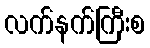
လက်နက်ကြီးစ